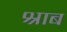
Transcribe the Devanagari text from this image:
श्राब